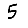
Digit: 5